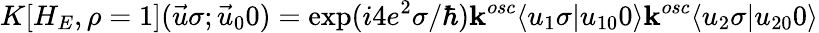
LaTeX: K[H_{E},\rho=1](\vec{u}\sigma;\vec{u}_{0}0)=\exp(i4e^{2}\sigma/\hbar){\mathbf k}^{osc}\langle u_{1}\sigma\vert u_{10}0\rangle{\mathbf k}^{osc}\langle u_{2}\sigma\vert u_{20}0\rangle